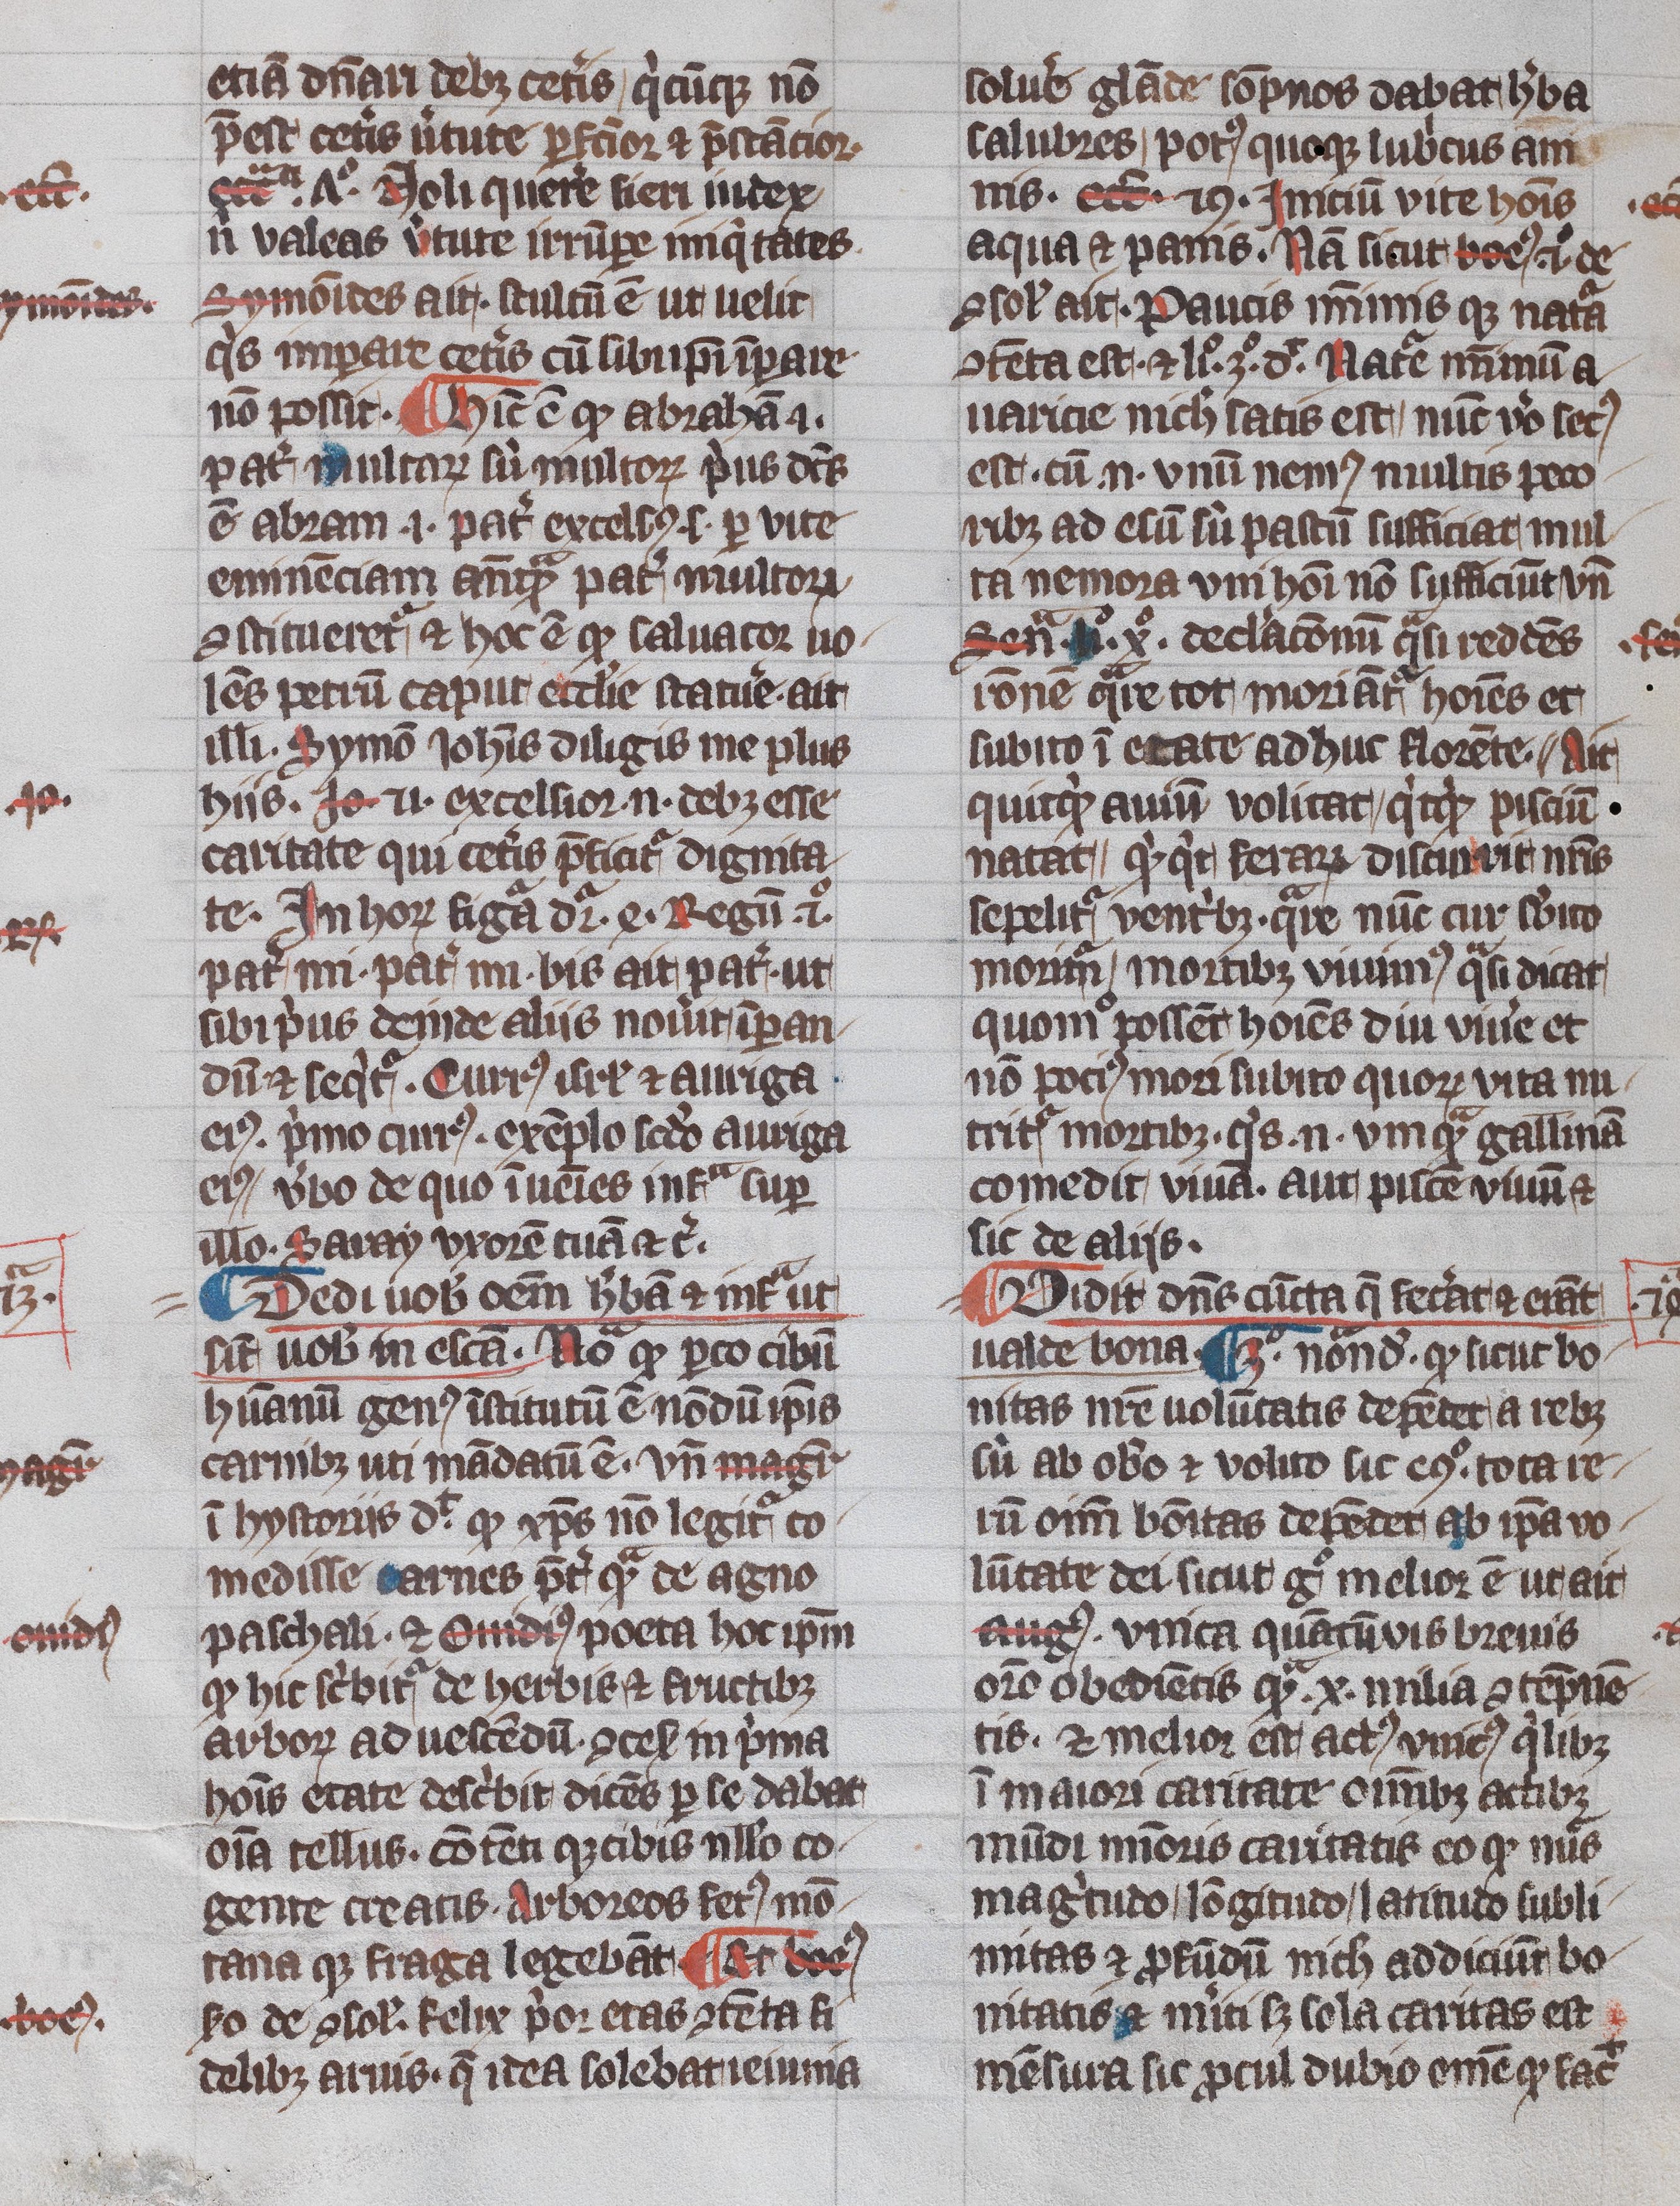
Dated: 1345–1355